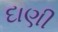
દાણી